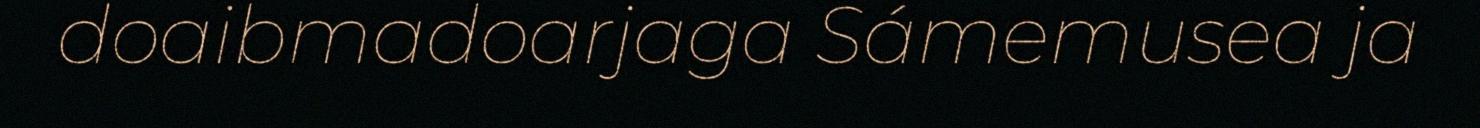
doaibmadoarjaga Sámemusea ja